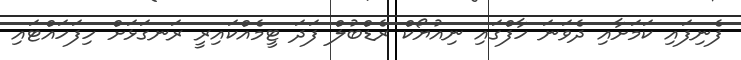
ފެނިފައި ކަމަށާއި ދެވަނަ ހާފްގައި ނިއުޔޯކް ރެޑްބުލް ފަދަ ޓީމެއްކައިރީ ރަނގަޅަށް ހިފަހައްޓައި